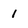
Character: 1